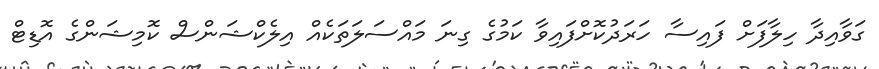
ގަވާއިދާ ހިލާފަށް ފައިސާ ހަރަދުކޮށްފައިވާ ކަމުގެ ގިނަ މައްސަލަތަކެއް އިލެކްޝަންސް ކޮމިޝަންގެ އޮޑިޓް